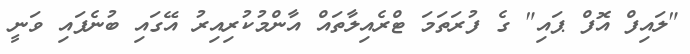
"ލައިފް އޮފް ޕައި" ގެ ފުރަތަމަ ޓްރެއިލާތައް އާންމުކުރިއިރު އޭގައި ބުނެފައި ވަނީ